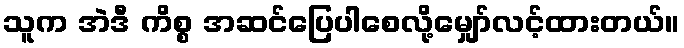
သူက အဲဒီ ကိစ္စ အဆင်ပြေပါစေလို့မျှော်လင့်ထားတယ်။